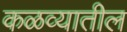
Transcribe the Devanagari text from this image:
कळव्यातील